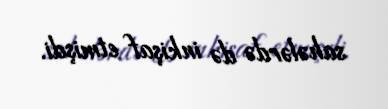
sahələrdə də inkişaf etmişdi.